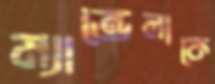
ম্যান্ডেলাকে